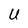
Character: U